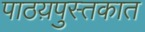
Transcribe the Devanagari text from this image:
पाठय़पुस्तकात